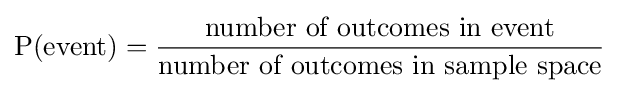
\mathrm {P} ({\text{event}})={\frac {\text{number of outcomes in event}}{\text{number of outcomes in sample space}}}